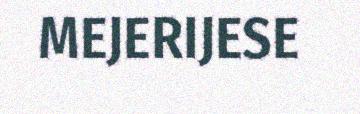
MEJERIJESE